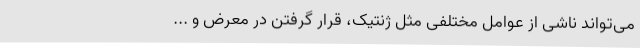
می‌تواند ناشی از عوامل مختلفی مثل ژنتیک، قرار گرفتن در معرض و ...